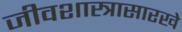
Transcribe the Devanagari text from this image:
जीवशास्त्रासारखे